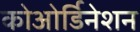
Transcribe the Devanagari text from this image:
कोओर्डिनेशन